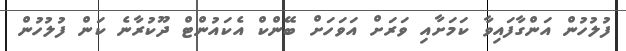
ފުލުހުން އަންގާފައިވާ ކަމަށާއި ވަރަށް އަވަހަށް ބޭންކް އެކައުންޓް ދޫކުރާނެ ކަން ފުލުހުން